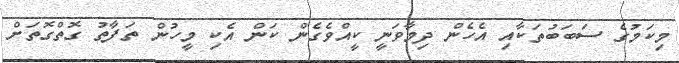
މިކަމުގެ ސަބަބުތަކާއި އެހެން ދިމާވަނީ ކީއްވެގެން ކަން އެކި މީހުން ތަފާތު ގޮތްގޮތަށް